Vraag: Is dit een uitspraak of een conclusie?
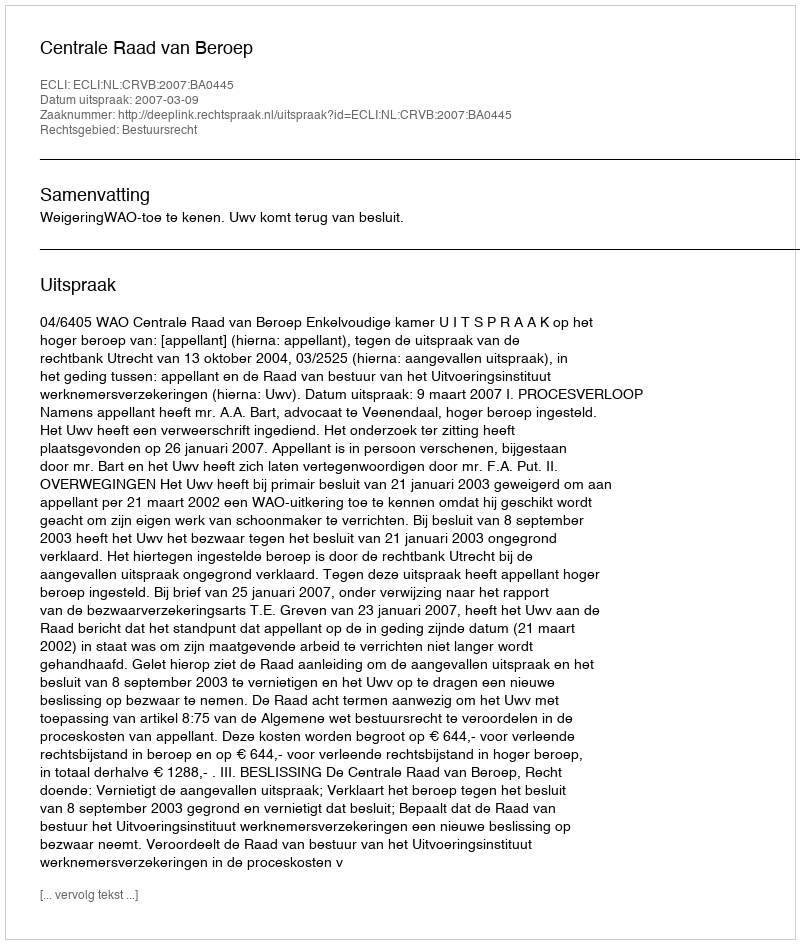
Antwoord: Uitspraak